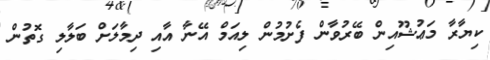
ކިޔާރާ މަޢުޝޫއިން ބޭރުވާން ފެށުމުން ލިއަމް އޭނާ އާއި ދިމާލަށް ބަލާލި ގޮތުން